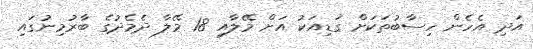
އަދި އެހެން ހިސާބުތަކަށް ގަޑިއަކު އަށް މޭލާއި 18 މޭލާ ދެމެދުގެ ބާރުމިނުގައި